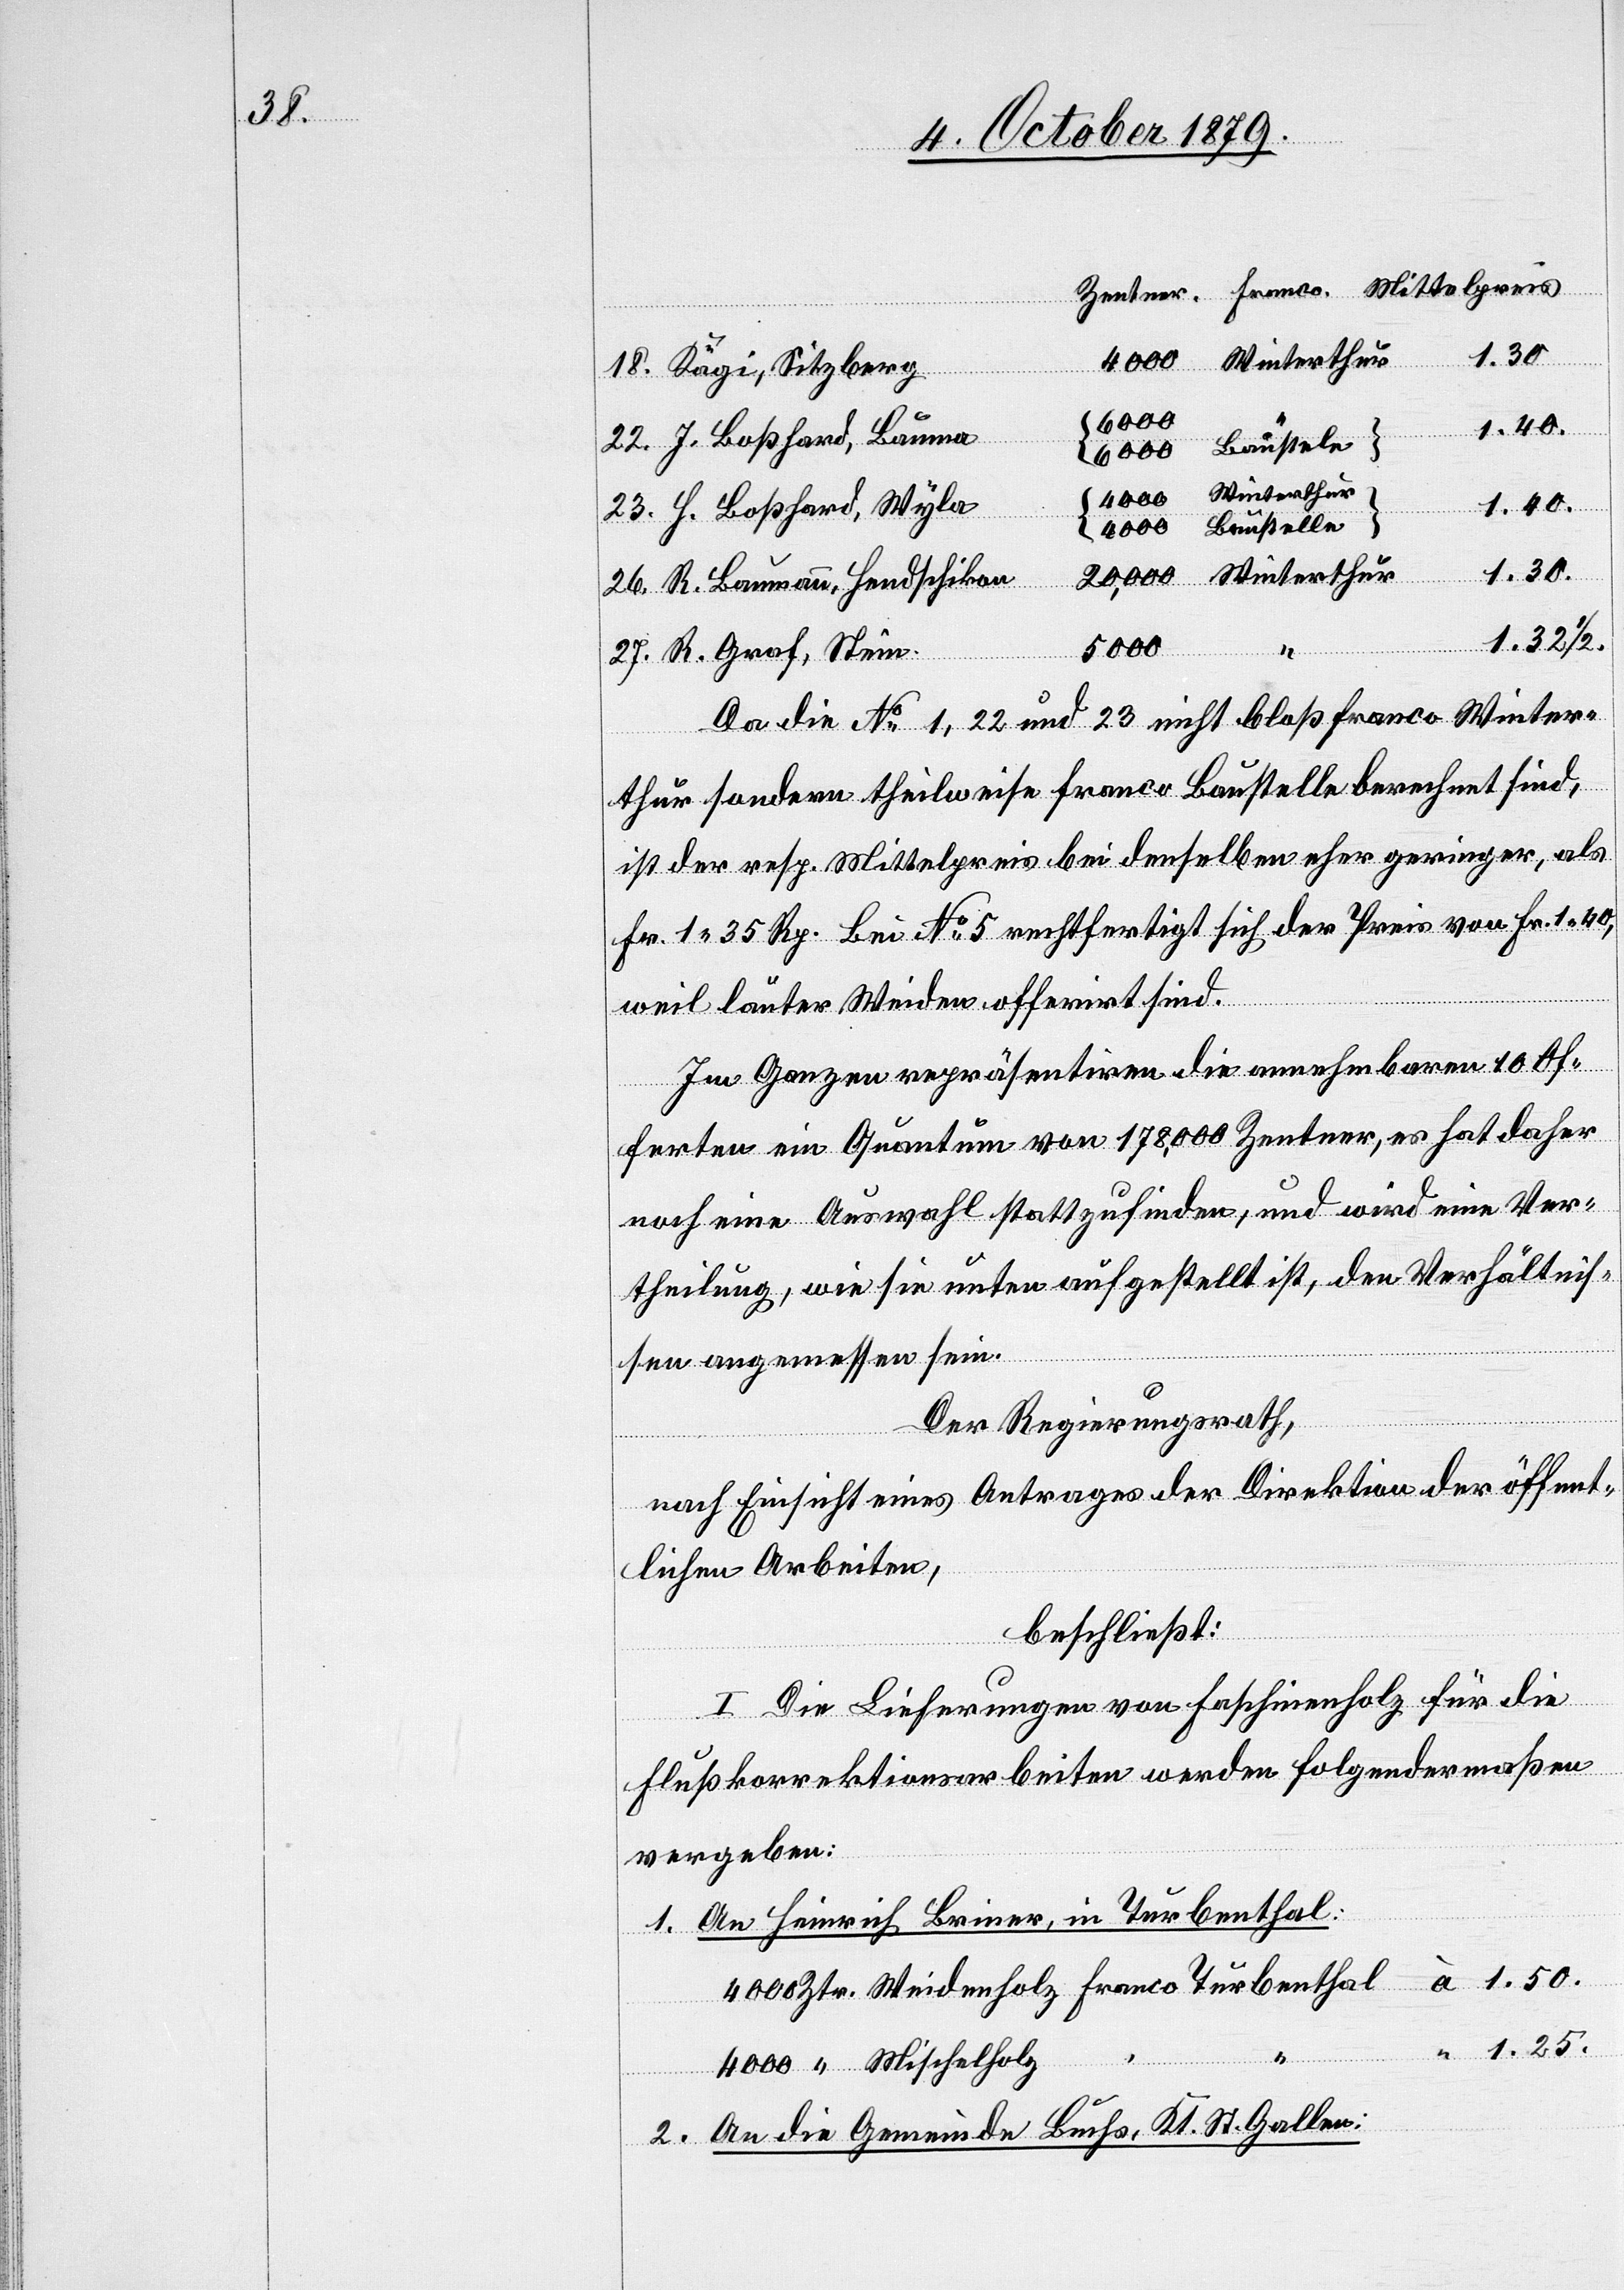
1.30
Franco
18. Kägi, Sitzberg
1.40.
22. J. Boßhard, Bauma
20,000
Winterthur
4000
23. H. Boßhard, Wyla
“
Baustelle
Ztr.
26. R. Baumann, Hendschiken
1.32 1/2.
“
“
5000
27. R. Graf, Stein.
Da die No 1, 22 und 23 nicht bloß Franco Winter¬
thur sondern theilweise Franco Baustelle berechnet sind,
ist der resp. Mittelpreis bei derselben eher geringer, als
Fr 1 35 Rp. Bei No 5 rechtfertigt sich der Preis von Fr. 1.40,
weil lauter Weiden offerirt sind.
Im Ganzen repräsentiren die 10 annehmbaren Of¬
ferten ein Quantum von 178, 000 Zentner, es hat daher
noch eine Auswahl stattzufinden, und wird eine Ver¬
theilung, wie sie unten aufgestellt ist, den Verhältnis¬
sen angemessen sein.
Der Regierungsrath,
nach Einsicht eines Antrages der Direktion der öffent¬
lichen Arbeiten,
beschließt:
I. Die Lieferungen von Faschinenholz für die
Flußkorrektionsarbeiten werden folgendermaßen
vergeben:
An Heinrich Briner, in Turbenthal:
1.
“ 1.50.
An die Gemeinde Buchs, St. Gallen:
2.